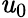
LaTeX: \mathit{u}_{0}